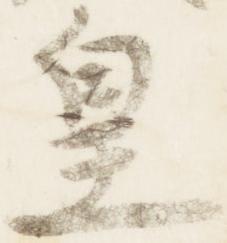
皇